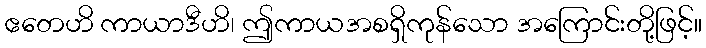
ဧတေဟိ ကာယာဒီဟိ၊ ဤကာယအစရှိကုန်သော အကြောင်းတို့ဖြင့်။